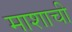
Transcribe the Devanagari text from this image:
माशाची